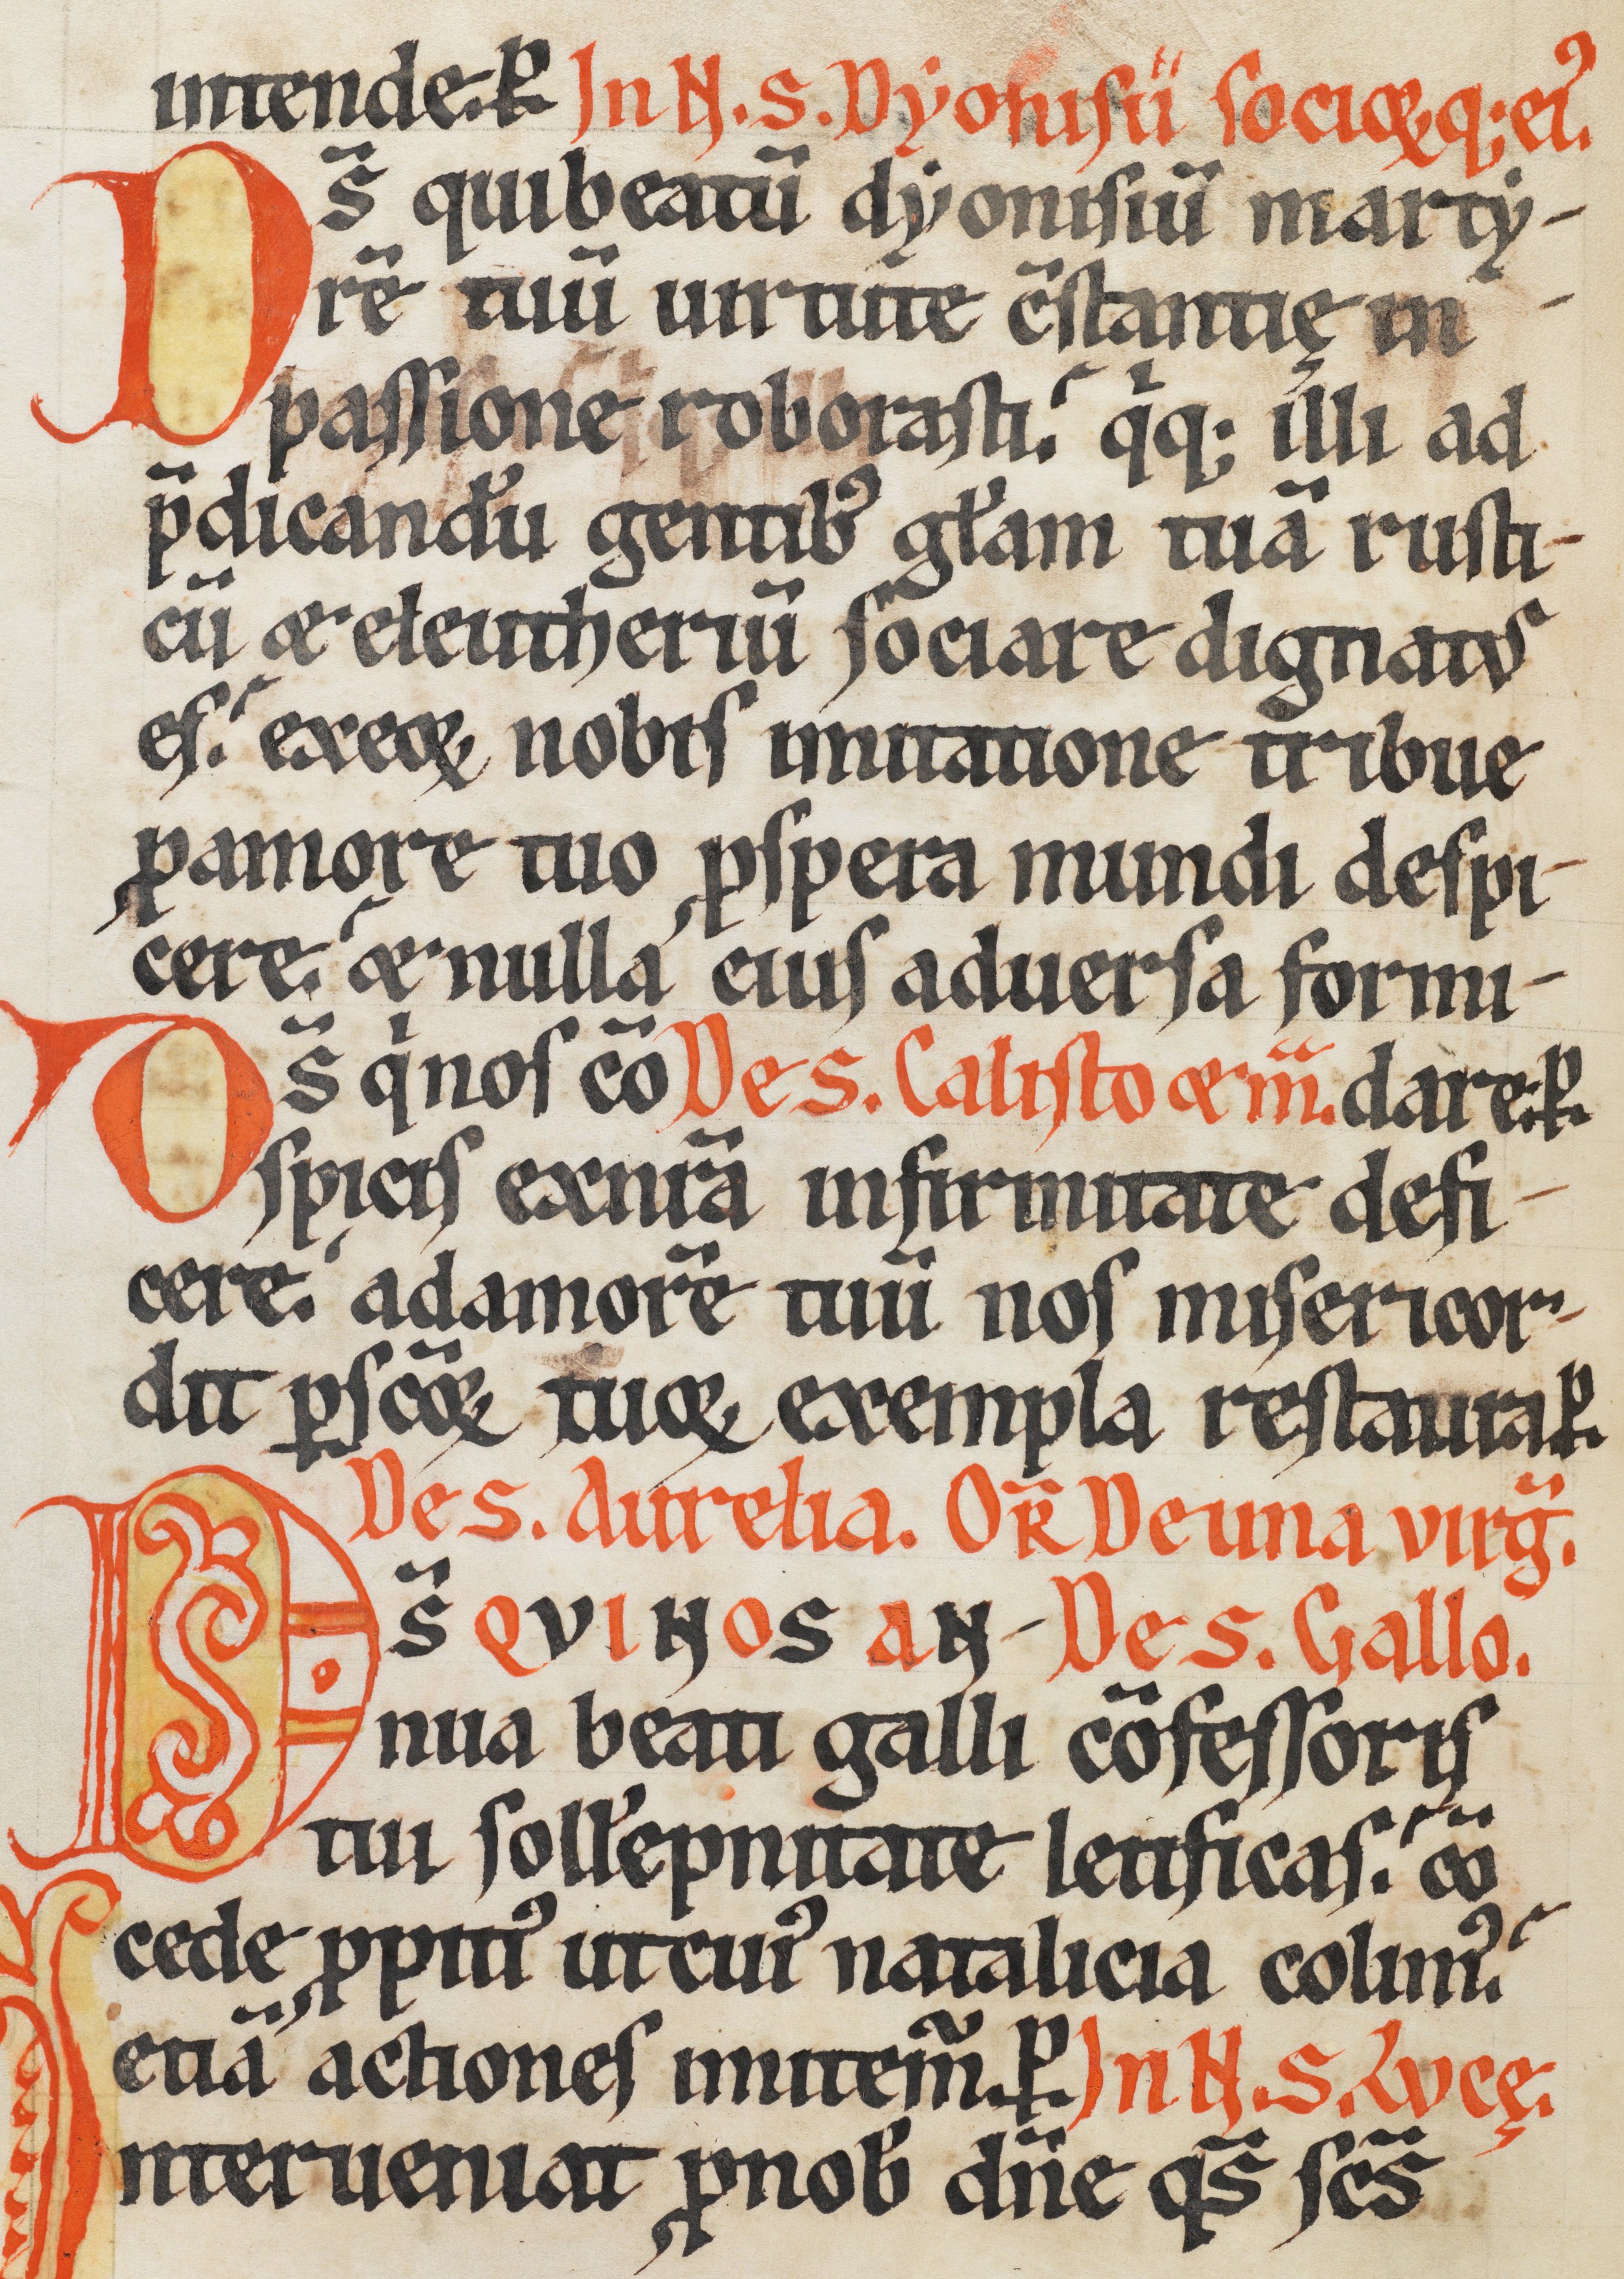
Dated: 1170–1230